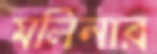
মলিনার